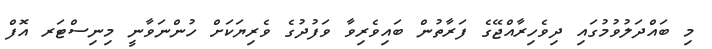
މި ބައްދަލުވުމުގައި ދިވެހިރާއްޖޭގެ ފަރާތުން ބައިވެރިވާ ވަފުދުގެ ވެރިޔަކަށް ހުންނަވާނީ މިނިސްޓަރ އޮފް